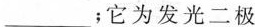
___ ;它为发光二极